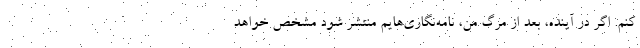
کنم. اگر در آینده، بعد از مرگ من، نامه‌نگاری‌هایم منتشر شود مشخص خواهد